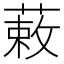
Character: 䔩